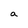
Character: a